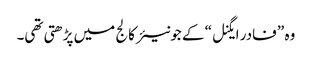
وہ ” فادر ایگنل“ کے جونیئر کالج میں پڑھتی تھی۔